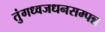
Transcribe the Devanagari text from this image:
तुंगध्वजधनसम्पन्न